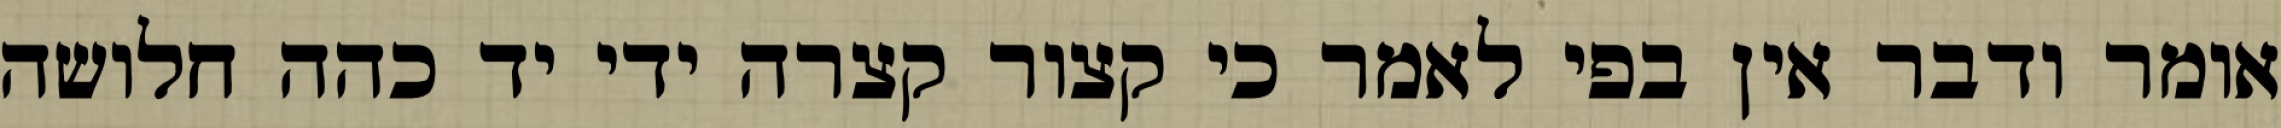
אומר ודבר אין בפי לאמר כי קצור קצרה ידי יד כהה חלושה